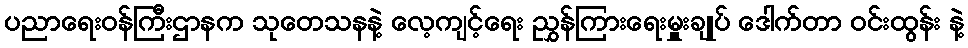
ပညာရေးဝန်ကြီးဌာနက သုတေသနနဲ့ လေ့ကျင့်ရေး ညွှန်ကြားရေးမှူးချုပ် ဒေါက်တာ ဝင်းထွန်း နဲ့